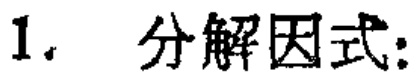
1. 分解因式：